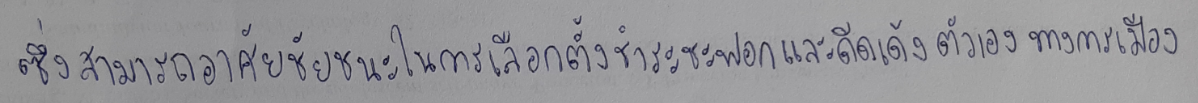
ซึ่งสามารถอาศัยชัยชนะในการเลือกตั้งชำระชะฟอกและดีดเด้งตัวเองทางการเมือง